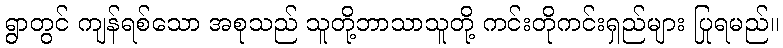
ရွာတွင် ကျန်ရစ်သော အစုသည် သူတို့ဘာသာသူတို့ ကင်းတိုကင်းရှည်များ ပြုရမည်။